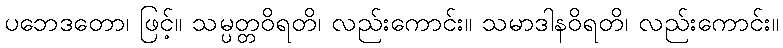
ပဘေဒတော၊ ဖြင့်။ သမ္ပတ္တဝိရတိ၊ လည်းကောင်း။ သမာဒါနဝိရတိ၊ လည်းကောင်း။